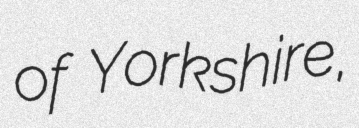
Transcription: of Yorkshire,